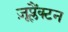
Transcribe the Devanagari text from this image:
ज़ूप्लैंक्टन